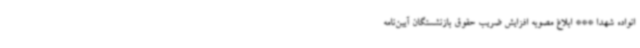
انواده شهدا *** ابلاغ مصوبه افزایش ضریب حقوق بازنشستگان آیین‌نامه